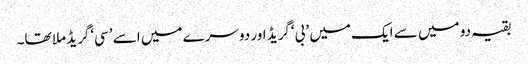
بقیہ دو میں سے ایک میں ’بی‘گریڈ اور دوسرے میں اسے ’سی‘گریڈ ملا تھا۔